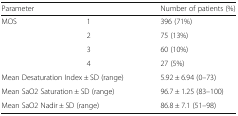
<table><thead><tr><td colspan="2"><b>Parameter</b></td><td><b>Number of patients (%)</b></td></tr></thead><tbody><tr><td rowspan="4">MOS</td><td>1</td><td>396 (71%)</td></tr><tr><td>2</td><td>75 (13%)</td></tr><tr><td>3</td><td>60 (10%)</td></tr><tr><td>4</td><td>27 (5%)</td></tr><tr><td colspan="2">Mean Desaturation Index ± SD (range)</td><td>5.92 ± 6.94 (0–73)</td></tr><tr><td colspan="2">Mean SaO2 Saturation ± SD (range)</td><td>96.7 ± 1.25 (83–100)</td></tr><tr><td colspan="2">Mean SaO2 Nadir ± SD (range)</td><td>86.8 ± 7.1 (51–98)</td></tr></tbody></table>